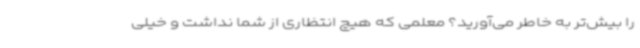
را بیش‌تر به خاطر می‌آورید؟ معلمی که هیچ انتظاری از شما نداشت و خیلی